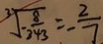
\sqrt [ 3 ] { - \frac { 8 } { 3 4 3 } } = - \frac { 2 } { 7 }